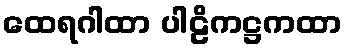
ထေရဂါထာ ပါဠိကဋ္ဌကထာ